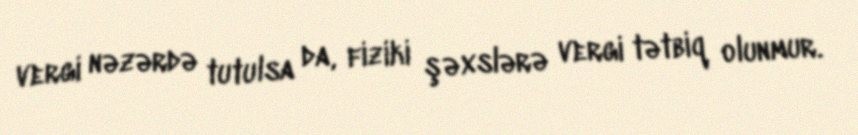
vergi nəzərdə tutulsa da, fiziki şəxslərə vergi tətbiq olunmur.